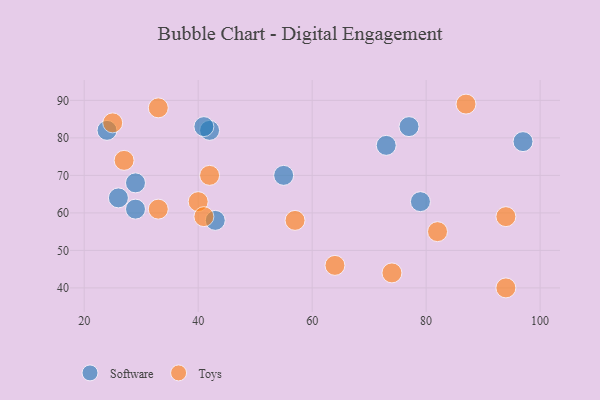
{"axis": {"x": "GDP", "y": "Life Expectancy"}, "legend": ["Software", "Toys"], "data": [{"x": "77", "y": 83, "type": "Software"}, {"x": "79", "y": 63, "type": "Software"}, {"x": "42", "y": 82, "type": "Software"}, {"x": "43", "y": 58, "type": "Software"}, {"x": "26", "y": 64, "type": "Software"}, {"x": "29", "y": 61, "type": "Software"}, {"x": "41", "y": 83, "type": "Software"}, {"x": "73", "y": 78, "type": "Software"}, {"x": "97", "y": 79, "type": "Software"}, {"x": "29", "y": 68, "type": "Software"}, {"x": "55", "y": 70, "type": "Software"}, {"x": "24", "y": 82, "type": "Software"}, {"x": "87", "y": 89, "type": "Toys"}, {"x": "74", "y": 44, "type": "Toys"}, {"x": "33", "y": 88, "type": "Toys"}, {"x": "25", "y": 84, "type": "Toys"}, {"x": "33", "y": 61, "type": "Toys"}, {"x": "42", "y": 70, "type": "Toys"}, {"x": "94", "y": 40, "type": "Toys"}, {"x": "94", "y": 59, "type": "Toys"}, {"x": "27", "y": 74, "type": "Toys"}, {"x": "40", "y": 63, "type": "Toys"}, {"x": "64", "y": 46, "type": "Toys"}, {"x": "57", "y": 58, "type": "Toys"}, {"x": "41", "y": 59, "type": "Toys"}, {"x": "82", "y": 55, "type": "Toys"}]}